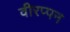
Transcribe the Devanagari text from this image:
वीरप्पन